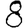
Digit: 8